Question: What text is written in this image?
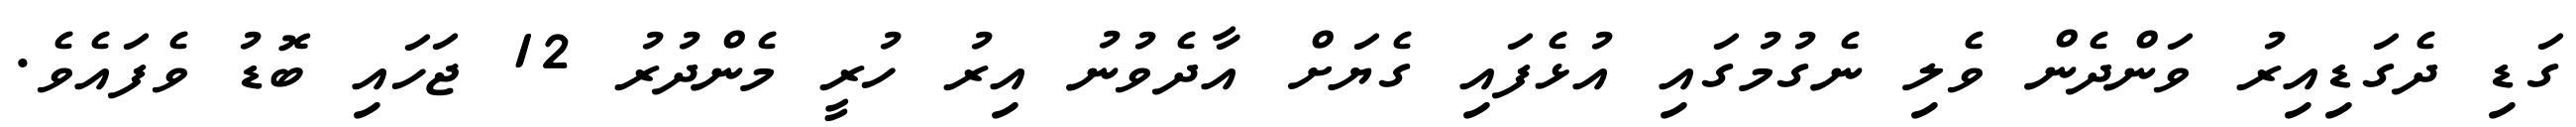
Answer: ގަޑި ދެގަޑިއިރު ވަންދެން ވެލި ނެގުމުގައި އުޅެފައި ގެޔަށް އާދެވުނު އިރު ހުރީ މެންދުރު 12 ޖަހައި ބޮޑު ވެފައެވެ.